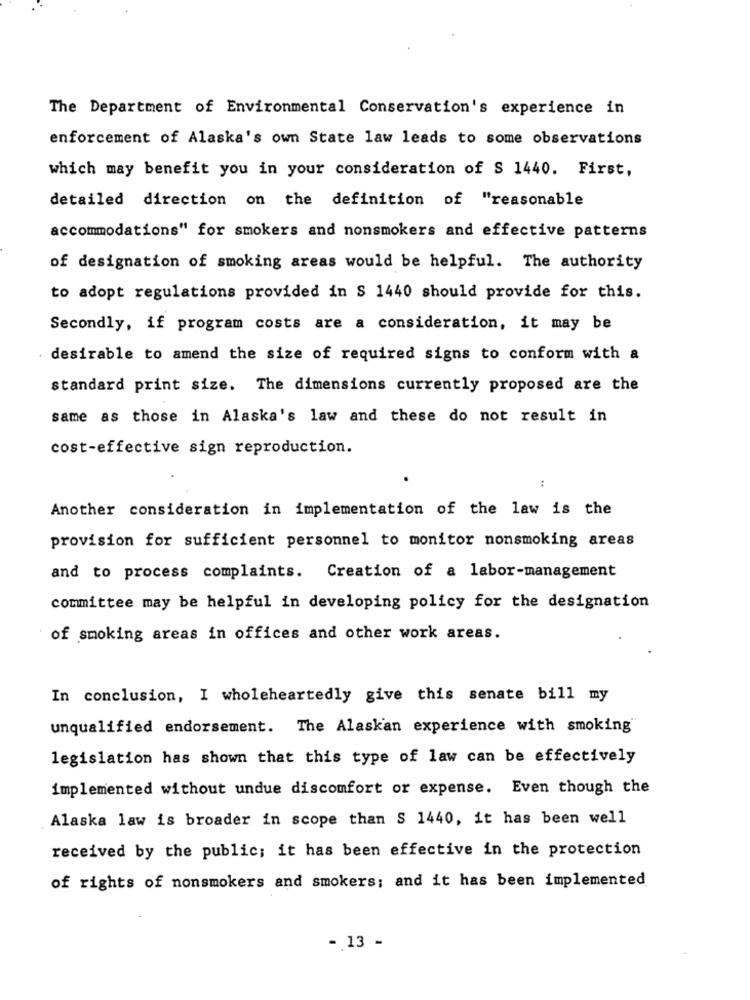
The Department of Environmental Conservation's experience in
enforcement of Alaska's own State law leads to some observations
which may benefit you in your consideration of S 1440. First,
detailed direction on the definition of "reasonable
accommodations" for smokers and nonsmokers and effective patterns
of designation of smoking areas would be helpful. The authority
to adopt regulations provided in S 1440 should provide for this.
Secondly, if program costs are a consideration, it may be
desirable to amend the size of required signs to conform with a
standard print size. The dimensions currently proposed are the
same as those in Alaska's law and these do not result in
cost-effective sign reproduction.
:
Another consideration in implementation of the law is the
provision for sufficient personnel to monitor nonsmoking areas
and to process complaints. Creation of a labor-management
committee may be helpful in developing policy for the designation
of smoking areas in offices and other work areas.
In conclusion, I wholeheartedly give this senate bill my
unqualified endorsement. The Alaskan experience with smoking
legislation has shown that this type of law can be effectively
implemented without undue discomfort or expense. Even though the
Alaska law is broader in scope than S 1440, it has been well
received by the public; it has been effective in the protection
of rights of nonsmokers and smokers; and it has been implemented
-. 13 -